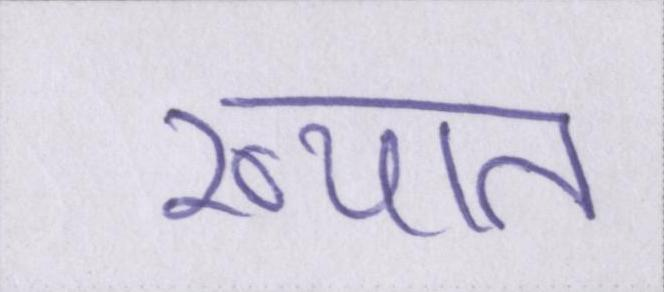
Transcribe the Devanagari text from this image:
ख्यात